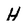
Character: H